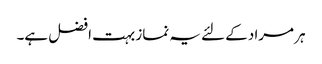
ہر مراد کے لئے یہ نماز بہت افضل ہے۔